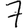
Digit: 7